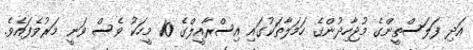
އަދި ފަލަސްތީންގެ މުޖާހިދުންގެ ހަމަލާތަކުގައި އިސްރާއީލްގެ 10 މީހަކު ވެސް ވަނީ މަރުވެފައެވެ.